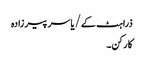
ذراہٹ کے/یاسر پیر زادہ
کارکن۔